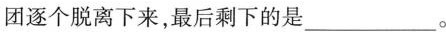
团逐个脱离下来，最后剩下的是___。